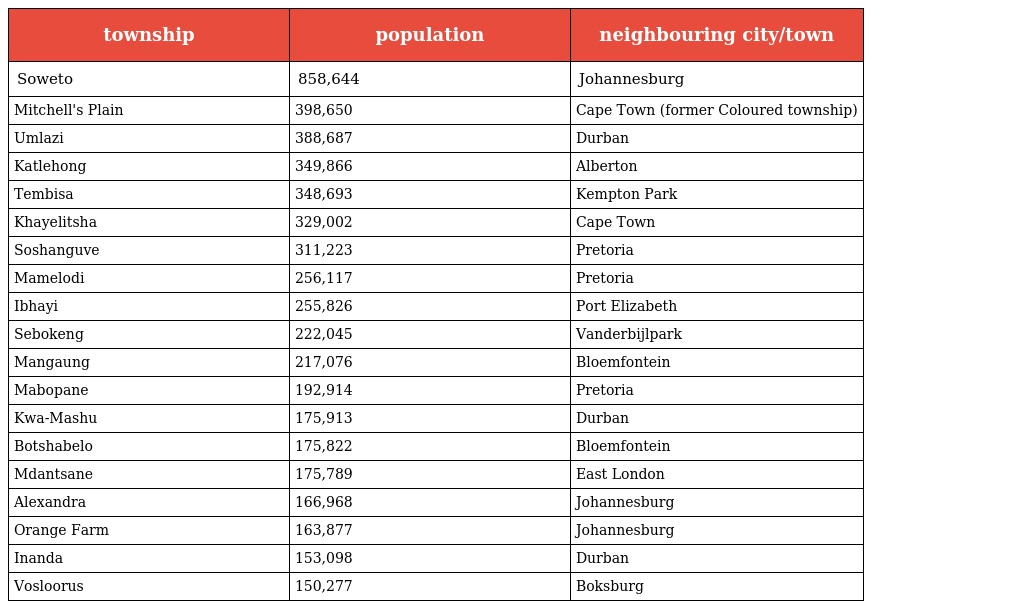
| township | population | neighbouring city/town |
 | --- | --- | --- |
 | Soweto | 858,644 | Johannesburg |
 | Mitchell's Plain | 398,650 | Cape Town (former Coloured township) |
 | Umlazi | 388,687 | Durban |
 | Katlehong | 349,866 | Alberton |
 | Tembisa | 348,693 | Kempton Park |
 | Khayelitsha | 329,002 | Cape Town |
 | Soshanguve | 311,223 | Pretoria |
 | Mamelodi | 256,117 | Pretoria |
 | Ibhayi | 255,826 | Port Elizabeth |
 | Sebokeng | 222,045 | Vanderbijlpark |
 | Mangaung | 217,076 | Bloemfontein |
 | Mabopane | 192,914 | Pretoria |
 | Kwa-Mashu | 175,913 | Durban |
 | Botshabelo | 175,822 | Bloemfontein |
 | Mdantsane | 175,789 | East London |
 | Alexandra | 166,968 | Johannesburg |
 | Orange Farm | 163,877 | Johannesburg |
 | Inanda | 153,098 | Durban |
 | Vosloorus | 150,277 | Boksburg |